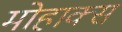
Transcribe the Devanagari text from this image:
मोहाक्स